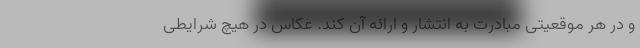
و در هر موقعیتی مبادرت به انتشار و ارائه آن کند. عکاس در هیچ شرایطی